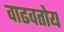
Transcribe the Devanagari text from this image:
वाढवतोय